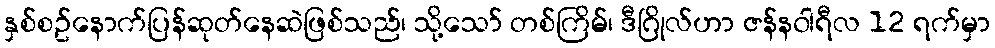
နှစ်စဥ်နောက်ပြန်ဆုတ်နေဆဲဖြစ်သည်၊ သို့သော် တစ်ကြိမ်၊ ဒီဂြိုလ်ဟာ ဇန်န၀ါရီလ 12 ရက်မှာ